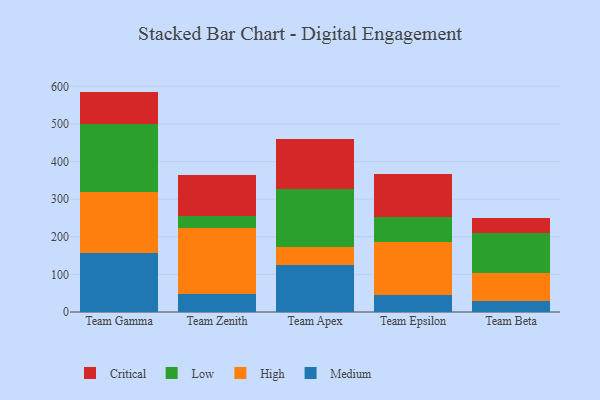
{"axis": {"x": "Team", "y": "Production Output"}, "legend": ["Critical", "High", "Low", "Medium"], "data": [{"x": "Team Gamma", "y": 156.8, "type": "Medium"}, {"x": "Team Gamma", "y": 162.5, "type": "High"}, {"x": "Team Gamma", "y": 179.5, "type": "Low"}, {"x": "Team Gamma", "y": 87.2, "type": "Critical"}, {"x": "Team Zenith", "y": 48.5, "type": "Medium"}, {"x": "Team Zenith", "y": 174.2, "type": "High"}, {"x": "Team Zenith", "y": 33.2, "type": "Low"}, {"x": "Team Zenith", "y": 107.1, "type": "Critical"}, {"x": "Team Apex", "y": 123.9, "type": "Medium"}, {"x": "Team Apex", "y": 48.6, "type": "High"}, {"x": "Team Apex", "y": 155.6, "type": "Low"}, {"x": "Team Apex", "y": 131.7, "type": "Critical"}, {"x": "Team Epsilon", "y": 44.8, "type": "Medium"}, {"x": "Team Epsilon", "y": 142.4, "type": "High"}, {"x": "Team Epsilon", "y": 65.8, "type": "Low"}, {"x": "Team Epsilon", "y": 114.8, "type": "Critical"}, {"x": "Team Beta", "y": 28.5, "type": "Medium"}, {"x": "Team Beta", "y": 76.2, "type": "High"}, {"x": "Team Beta", "y": 106.0, "type": "Low"}, {"x": "Team Beta", "y": 39.2, "type": "Critical"}]}